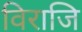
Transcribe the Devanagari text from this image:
विराजि